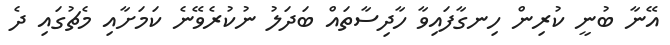
އޭނާ ބުނީ ކުރިން ހިނގާފައިވާ ހާދިސާތައް ބަދަލު ނުކުރެވޭނެ ކަމަށާއި މެޗުގައި ދެ